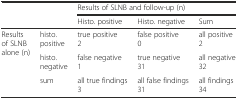
<table><thead><tr><td rowspan="2" colspan="2"></td><td colspan="3"><b>Results of SLNB and follow-up (n)</b></td></tr><tr><td><b>Histo. positive</b></td><td><b>Histo. negative</b></td><td><b>Sum</b></td></tr></thead><tbody><tr><td rowspan="3">Results of SLNB alone (n)</td><td>histo. positive</td><td>true positive2</td><td>false positive0</td><td>all positive2</td></tr><tr><td>histo. negative</td><td>false negative1</td><td>true negative31</td><td>all negative32</td></tr><tr><td>sum</td><td>all true findings3</td><td>all false findings31</td><td>all findings34</td></tr></tbody></table>